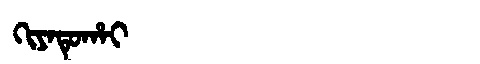
Manchu: ᡴᡳᠶᠠᡨᡠᡥᠠᡳ
Romanization: KIYATUHAI